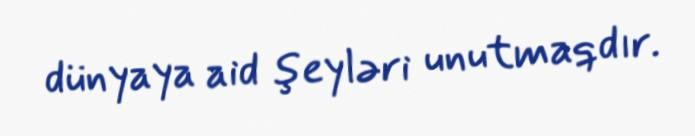
dünyaya aid şeyləri unutmaqdır.